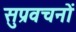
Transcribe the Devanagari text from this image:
सुप्रवचनों